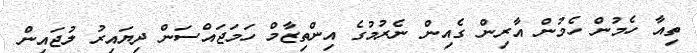
ތިއާ ހެމުން ހެމުން އާރިން ގެއިން ނެރުމުގެ އިންތިޒާމް ހަމަޖައްސަން ދިޔައިރު ލުޖައިން